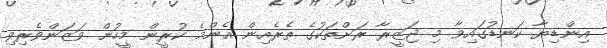
އިންޑިޔާ ކަނޑުގައިވާ މި ޖަޒީރާ ރަށްތަކުގެ ތެރެއިން އެންމެ ކުރީން މީހުން ވަޒަންވެރިވި